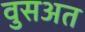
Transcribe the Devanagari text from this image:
वुसअत